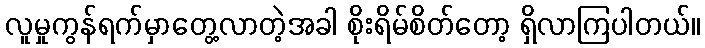
လူမှုကွန်ရက်မှာတွေ့လာတဲ့အခါ စိုးရိမ်စိတ်တော့ ရှိလာကြပါတယ်။